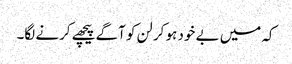
کہ میں بے خود ہو کر لن کو آگے پیچھے کرنے لگا۔